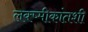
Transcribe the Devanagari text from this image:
लक्ष्मीकांतशी